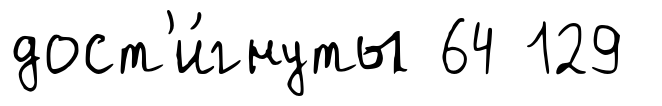
дост'и́гнуты 64 129